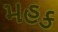
મહક